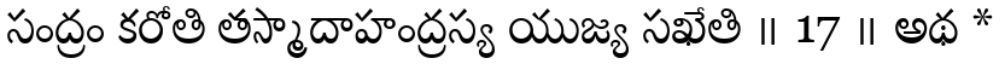
సంద్రం కరోతి తస్మాదాహంద్రస్య యుజ్య సఖేతి ॥ 17 ॥ అథ *